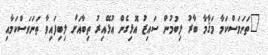
"ތަނަވަސްކަމާ މަޤާމާ ބާރު ލިބުމުން ސައިޒު އޮޅިގެން އުޅޭއިރު ތިބާއަށް ލިބިފައިވާ ތަނަވަސްކަމާއި